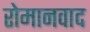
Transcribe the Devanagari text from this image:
रोमानवाद